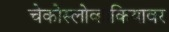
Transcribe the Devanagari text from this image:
चेकोस्लोव्हाकियावर